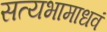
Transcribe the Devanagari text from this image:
सत्यभामाधवं